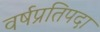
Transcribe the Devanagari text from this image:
वर्षप्रतिपदा